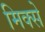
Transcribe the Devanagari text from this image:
मिक्से